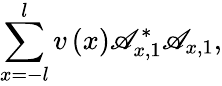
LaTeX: \sum_{x=-l}^{l}v\left(x\right)\mathscr{A}_{x,1}^{\ast}\mathscr{A}_{x,1},